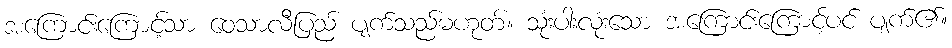
အကြောင်းကြောင့်သာ ဝေသာလီပြည် ပျက်သည်မဟုတ်။ သုံးပါးလုံးသော အကြောင်းကြောင့်ပင် ပျက်၏။